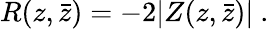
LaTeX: R(z,\bar{z})=-2|Z(z,\bar{z})|\ .